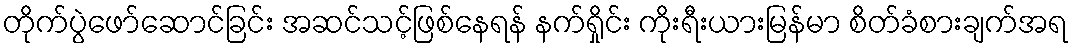
တိုက်ပွဲဖော်ဆောင်ခြင်း အဆင်သင့်ဖြစ်နေရန် နက်ရှိုင်း ကိုးရီးယားမြန်မာ စိတ်ခံစားချက်အရ